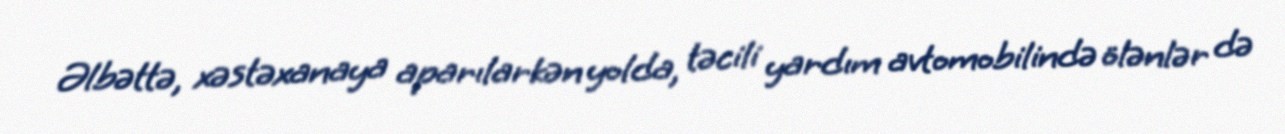
Əlbəttə, xəstəxanaya aparılarkən yolda, təcili yardım avtomobilində ölənlər də